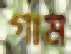
গাম